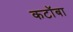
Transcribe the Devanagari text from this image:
कटॉबा